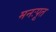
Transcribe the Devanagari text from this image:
मनःपूत